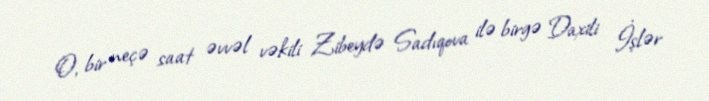
O, bir neçə saat əvvəl vəkili Zibeydə Sadıqova ilə birgə Daxili İşlər